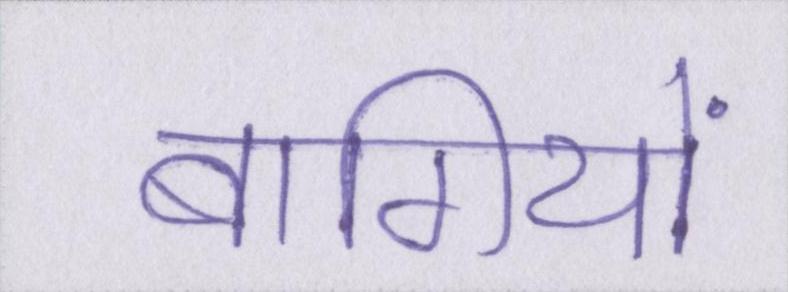
बागियों